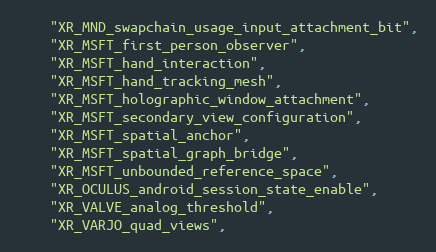
Language: C
    "XR_MND_swapchain_usage_input_attachment_bit",
    "XR_MSFT_first_person_observer",
    "XR_MSFT_hand_interaction",
    "XR_MSFT_hand_tracking_mesh",
    "XR_MSFT_holographic_window_attachment",
    "XR_MSFT_secondary_view_configuration",
    "XR_MSFT_spatial_anchor",
    "XR_MSFT_spatial_graph_bridge",
    "XR_MSFT_unbounded_reference_space",
    "XR_OCULUS_android_session_state_enable",
    "XR_VALVE_analog_threshold",
    "XR_VARJO_quad_views",